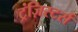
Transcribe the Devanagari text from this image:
ट्रंज़िस्टर्स